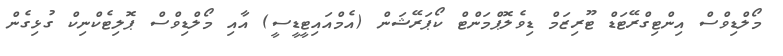
މޯލްޑިވްސް އިންޓިގްރޭޓަޑް ޓޫރިޒަމް ޑިވެލޮޕްމަންޓް ކޯޕަރޭޝަން (އެމްއައިޓީޑީސީ) އާއި މޯލްޑިވްސް ޕޮލިޓެކްނިކް ގުޅިގެން